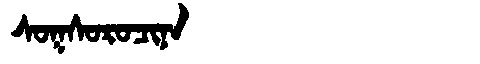
Manchu: ᠰᠣᡴᠰᠣᡵᠣᠴᡳᠨᠠ
Romanization: SOKSOROCINA